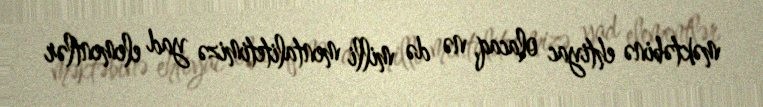
məktəbinə ehtiyac olacaq, nə də milli mentalitetimizə yad elementlər